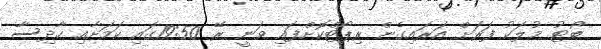
ބޯޓު މުލަކު ފަރަށް އަރައިގެން ރިޕޯޓްކޮށްފައި ވަނީ ރޭ 19:50ގައި ކަމަށާއި ހާދިސާ